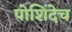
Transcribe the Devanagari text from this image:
पोशिंदेच